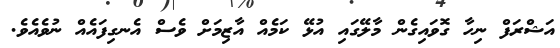
އަޝްރަފް ނިހާ ގޮވައިގެން މާލޭގައި އުޅޭ ކަމެއް އާޒިމަށް ވެސް އެނގިފައެއް ނުވެއެވެ.